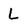
Character: L